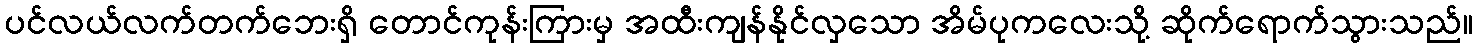
ပင်လယ်လက်တက်ဘေးရှိ တောင်ကုန်းကြားမှ အထီးကျန်နိုင်လှသော အိမ်ပုကလေးသို့ ဆိုက်ရောက်သွားသည်။